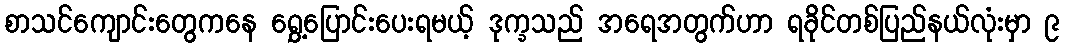
စာသင်ကျောင်းတွေကနေ ရွှေ့ပြောင်းပေးရမယ့် ဒုက္ခသည် အရေအတွက်ဟာ ရခိုင်တစ်ပြည်နယ်လုံးမှာ ၉